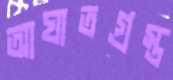
আঘাতগ্রস্ত